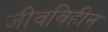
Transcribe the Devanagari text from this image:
जीवविहीन